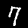
Digit: 7